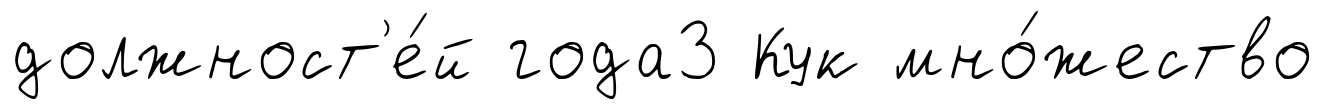
должност'е́й года3 Кук мно́жество